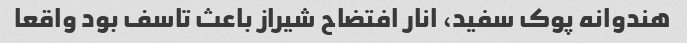
هندوانه پوک سفید، انار افتضاح شیراز باعث تاسف بود واقعا